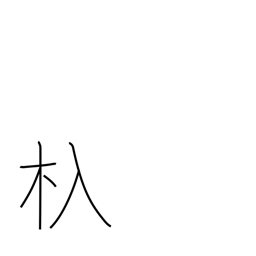
Meaning: sluice